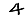
Digit: 4